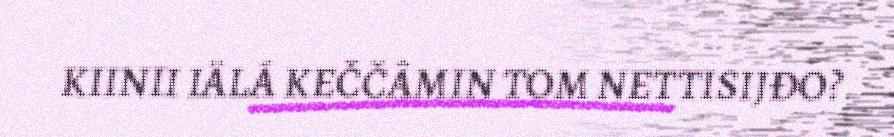
KIINII IÄLÁ KEČČÂMIN TOM NETTISIJĐO?